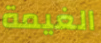
الغيمة